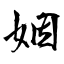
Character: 姻